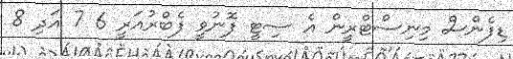
ޑިފެންސް މިނިސްޓްރީން އެ ސިޓީ ފޮނުވީ ފެބްރުއަރީ 6 7 އަދި 8